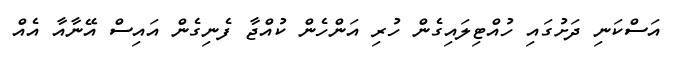
އަސްކަނި ދަށުގައި ހުއްޓިލައިގެން ހުރި އަންހެން ކުއްޖާ ފެނިގެން އައިސް އޭނާއާ އެއް